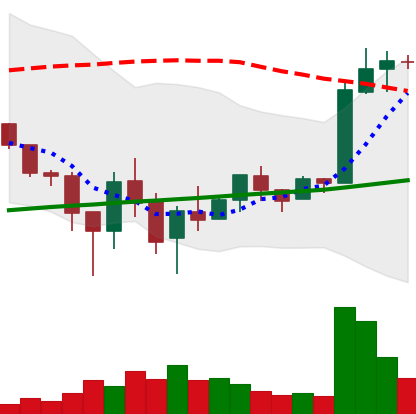
Ticker: LTC-USD
Chart end date: 2018-02-17
Forward return: -14.885%
Label: down_7plus